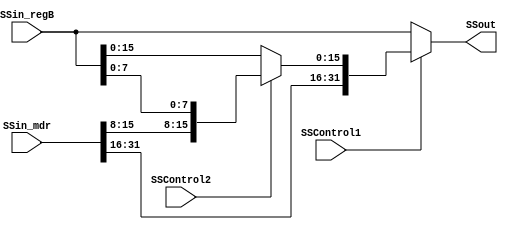
module storeSize(
    input  wire SSControl1,
    input  wire SSControl2,
    input  wire [31:0] SSin_regB, 
    input  wire [31:0] SSin_mdr, 
    output wire [31:0] SSout
);

    wire [31:0] Aux;

    assign Aux   = (SSControl2) ? {SSin_mdr[31:8], SSin_regB[7:0]} : {SSin_mdr[31:16], SSin_regB[15:0]};
    assign SSout = (SSControl1) ? Aux : SSin_regB;

endmodule